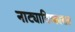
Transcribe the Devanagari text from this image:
नाट्याविष्कारात